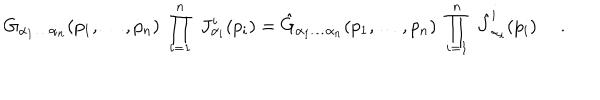
LaTeX: G _ { \alpha _ { 1 } \ldots \alpha _ { n } } ( p _ { 1 } , \ldots , p _ { n } ) \; \prod _ { i = 1 } ^ { n } \; J _ { \alpha _ { i } } ^ { i } ( p _ { i } ) = \hat { G } _ { \alpha _ { 1 } \ldots \alpha _ { n } } ( p _ { 1 } , \ldots , p _ { n } ) \; \prod _ { i = 1 } ^ { n } \; \hat { J } _ { \alpha _ { i } } ^ { i } ( p _ { i } ) \ .